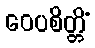
ဝေပစိတ္တိံ